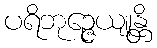
ပရိဘုဉ္ဇေယျုန္တိ